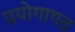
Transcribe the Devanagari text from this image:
प्रयोगागत